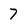
Character: 7